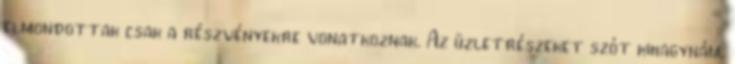
elmondottak csak a részvényekre vonatkoznak. Az üzletrészeket szót kihagynám,